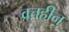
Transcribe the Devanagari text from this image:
व्रत्तहीन